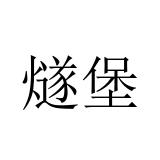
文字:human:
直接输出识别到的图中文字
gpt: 燧堡